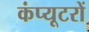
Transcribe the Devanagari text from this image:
कंप्‍यूटरों